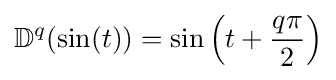
\mathbb {D} ^{q}(\sin(t))=\sin \left(t+{\frac {q\pi }{2}}\right)